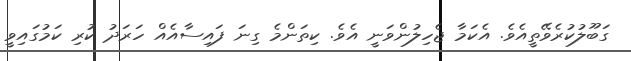
ގަބޫލުކުރެވޭތީއެވެ. އެކަމާ ޖެހިލުންވަނީ އެވެ. ކިތަންމެ ގިނަ ފައިސާއެއް ހަރަދު ކުރި ކަމުގައިވީ